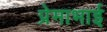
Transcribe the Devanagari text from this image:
प्रेमाभाई